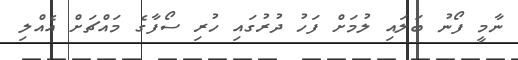
ނާމީ ފޯނު ބަލައި ލުމަށް ފަހު ދުރުގައި ހުރި ސޯފާގެ މައްޗަށް އެއްލި